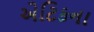
એટિકના